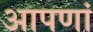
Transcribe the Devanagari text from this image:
आपणां